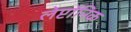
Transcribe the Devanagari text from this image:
लेप्टॉनिक